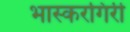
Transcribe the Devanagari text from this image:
भास्करगिरी